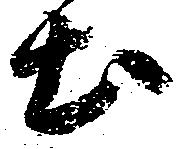
土